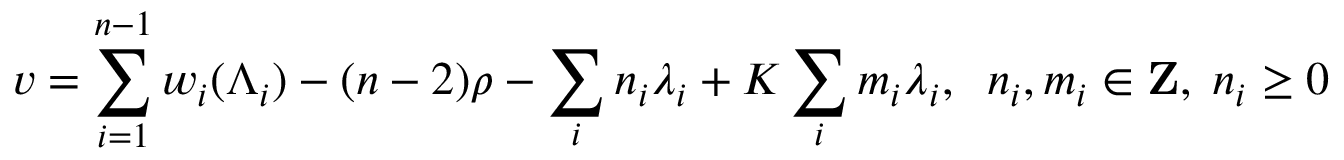
v = \sum _ { i = 1 } ^ { n - 1 } w _ { i } ( \Lambda _ { i } ) - ( n - 2 ) \rho - \sum _ { i } n _ { i } \lambda _ { i } + K \sum _ { i } m _ { i } \lambda _ { i } , \; \; n _ { i } , m _ { i } \in { \bf Z } , \; n _ { i } \geq 0